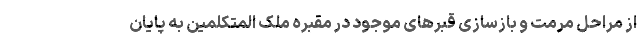
از مراحل مرمت و بازسازی قبر‌های موجود در مقبره ملک المتکلمین به پایان